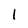
Character: l